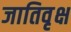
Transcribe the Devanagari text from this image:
जातिवृक्ष